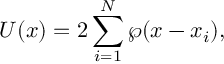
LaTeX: { \cal U } ( x ) = 2 \sum _ { i = 1 } ^ { N } \wp ( x - x _ { i } ) ,